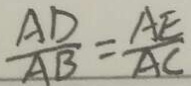
\frac { A D } { A B } = \frac { A E } { A C }